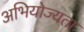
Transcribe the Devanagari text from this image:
अभियोज्यता